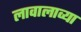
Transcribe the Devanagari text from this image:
लावालाव्या